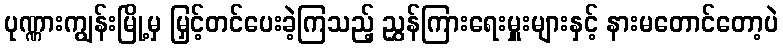
ပုဏ္ဏားကျွန်းမြို့မှ မြှင့်တင်ပေးခဲ့ကြသည့် ညွှန်ကြားရေးမှူးများနှင့် နားမတောင်တော့ပဲ